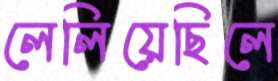
লেলিয়েছিলে